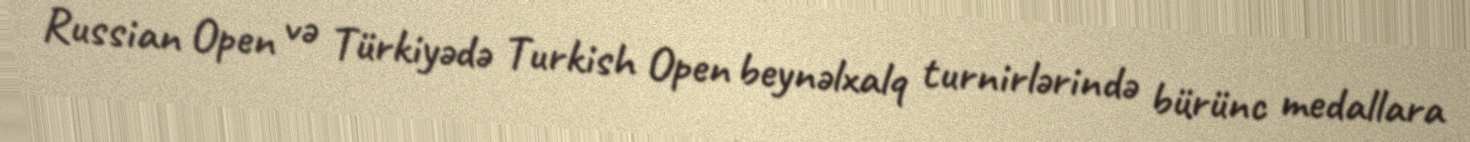
Russian Open və Türkiyədə Turkish Open beynəlxalq turnirlərində bürünc medallara